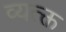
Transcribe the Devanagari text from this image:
व्यत्क्त